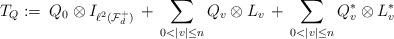
LaTeX: \begin{align*}T_Q:=\:Q_0\otimes I_{\ell^2(\mathcal{F}^+_d)}\, +\,\sum_{0<|v|\leq n} Q_v \otimes L_v \,+\, \sum_{0<|v|\leq n} Q_v^*\otimes L_v^*\, \end{align*}